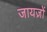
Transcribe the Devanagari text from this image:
जायज़ों